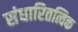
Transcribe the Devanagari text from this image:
संधारितत्विक